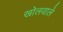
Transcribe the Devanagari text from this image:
खोलवाले